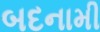
બદનામી